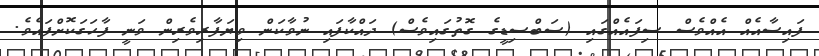
ފައިސާއެއް އެއްވެސް ސިފައެއްގައި (ސަބްސިޑީގެ ގޮތުގައިވެސް) ދައްކާފައި ނުވާކަން ވިޔަފާރިވެރިން ވަނީ ފާހަގަކޮށްފައެވެ.